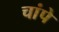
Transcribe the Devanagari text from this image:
चांपे